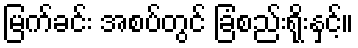
မြက်ခင်း အစပ်တွင် ခြံစည်းရိုးနှင့်။